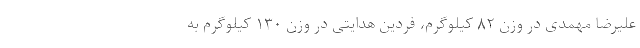
علیرضا مُهمدی در وزن ۸۲ کیلوگرم، فردین هدایتی در وزن ۱۳۰ کیلوگرم به